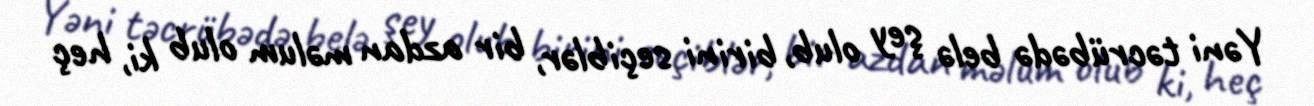
Yəni təcrübədə belə şey olub, birini seçiblər, bir azdan məlum olub ki, heç